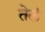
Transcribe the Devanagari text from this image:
तेलं